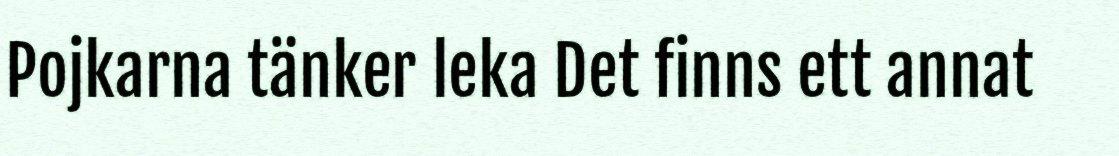
Pojkarna tänker leka Det finns ett annat